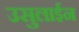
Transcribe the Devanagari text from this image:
उसुलाईन